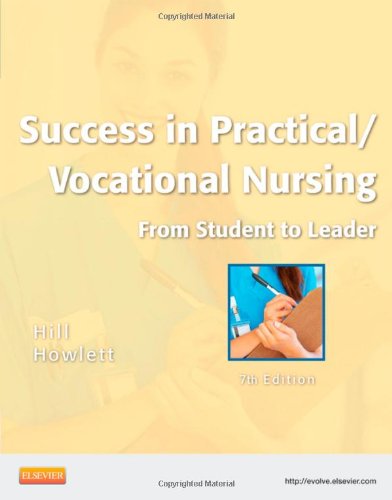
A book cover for Success in Practical/Vocational Nursing: From Student to Leader, 7th Edition; Signe S. Hill; Medical Books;